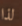
لذا